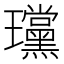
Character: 𪼲